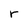
Character: r